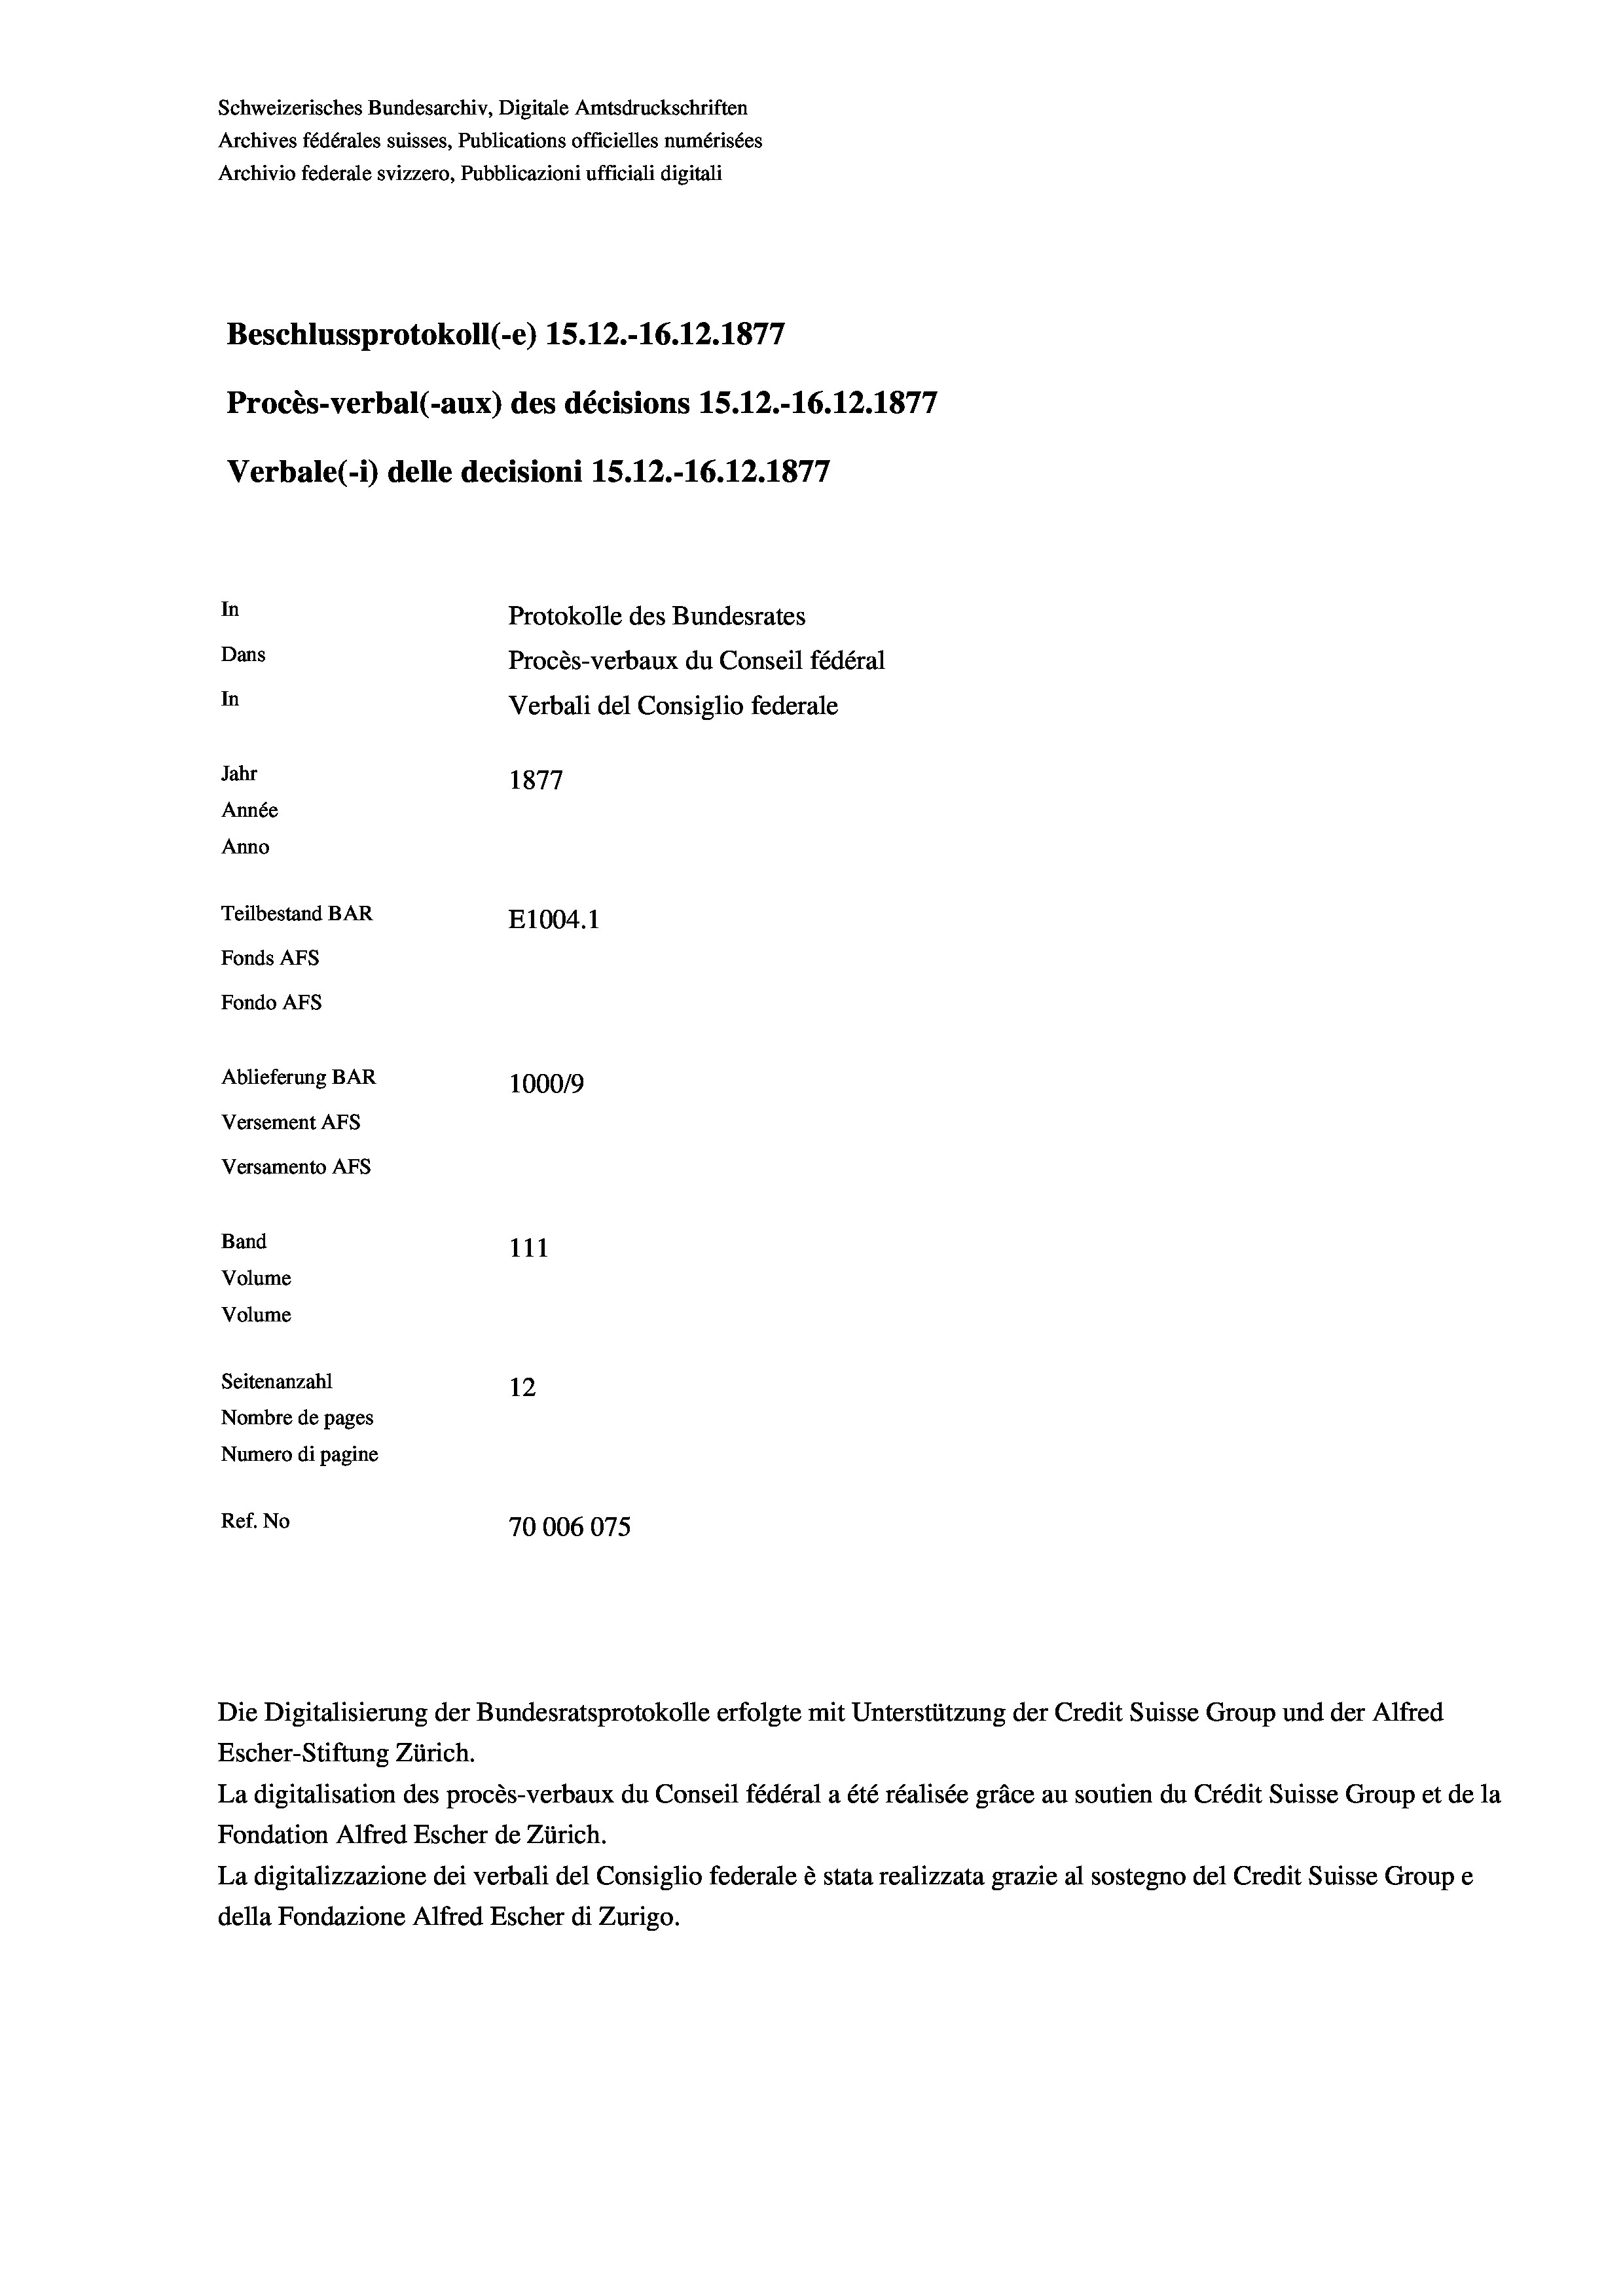
Schweizerisches Bundesarchiv, Digitale Amtsdruckschriften
Archives fédérales suisses, Publications officielles numérisées
Archivio federale svizzero, Pubblicazioni ufficiali digitali
Beschlussprotokoll (-e) 1S.12.-16.12.1877
Procès-verbal (-aux) des décisions 15.12.-16.12.1877
Verbale(*) delle decisioni 15. 12.-16.12.1877
In
Protokolle des Bundesrates
Dans
Procès-verbaux du Conseil fédéral
In
Verbali del Consiglio federale
Jahr
1877
Année
Anno
Teilbestand BAR
E1004.1
Fonds AFs
Fondo Afs
Ablieferung BAR
100019
Versement AFs
Versamento AFS
Band
111
Volume
Volume

Seitenanzahl
12
Nombre de pages
Numero di pagine
Ref. No
70006075

Escher-Stiftung Zürich.
La digitalisation des procès-verbaux du Conseil fédéral a été réalisée gräce au soutien du Crédit Suisse Group et de la
Fondation Alfred Escher de Zürich.
La digitalizzazione dei verbali del Consiglio federale è stata realizzata grazie al sostegno del Credit Suisse Groupe
della Fondazione Alfred Escher di Zurigo.

Die Digitalisierung der Bundesratsprotokolle erfolgte mit Unterstützung der Credit Suisse Group und der Alfred